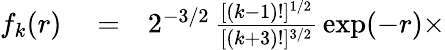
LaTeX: \begin{array}{rlr}{f_{k}(r)}&{{}=}&{2^{-3/2}\, \frac{[(k-1)!]^{1/2}}{[(k+3)!]^{3/2}}\, \exp(-r)\times}\end{array}